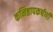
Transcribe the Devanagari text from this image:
कनिष्ठापकर्षणी